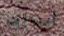
أبنائك